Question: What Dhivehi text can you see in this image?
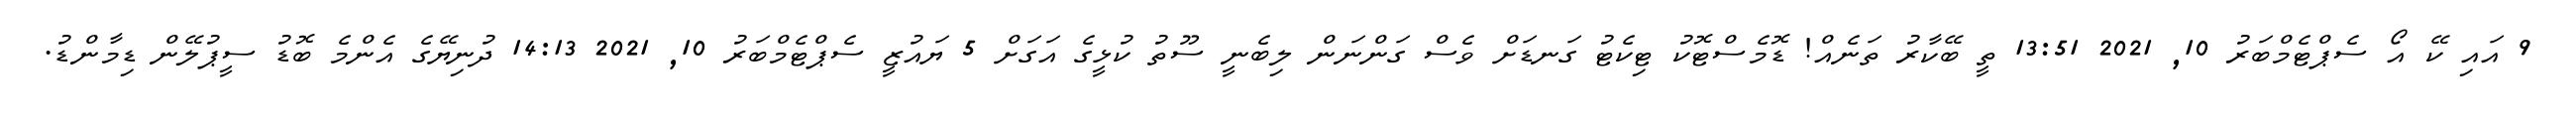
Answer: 9 އައި ކޭ އޯ ސެޕްޓެމްބަރު 10, 2021 13:51 ތީ ބޭކާރު ތަނެއް! ޑޮމެސްޓޮކު ޓިކެޓު ގަނޑަށް ވެސް ގަންނަން ލިބެނީ ސޫތު ކުޅީގެ އަގަށް 5 ޔައުޒީ ސެޕްޓެމްބަރު 10, 2021 14:13 ދުނިޔޭގެ އެންމެ ބޮޑު ސީޕުލޭން ޑިމާންޑު.